Statistical return of the lunatic asylum in Assam - 1912-1932
Year: 1912
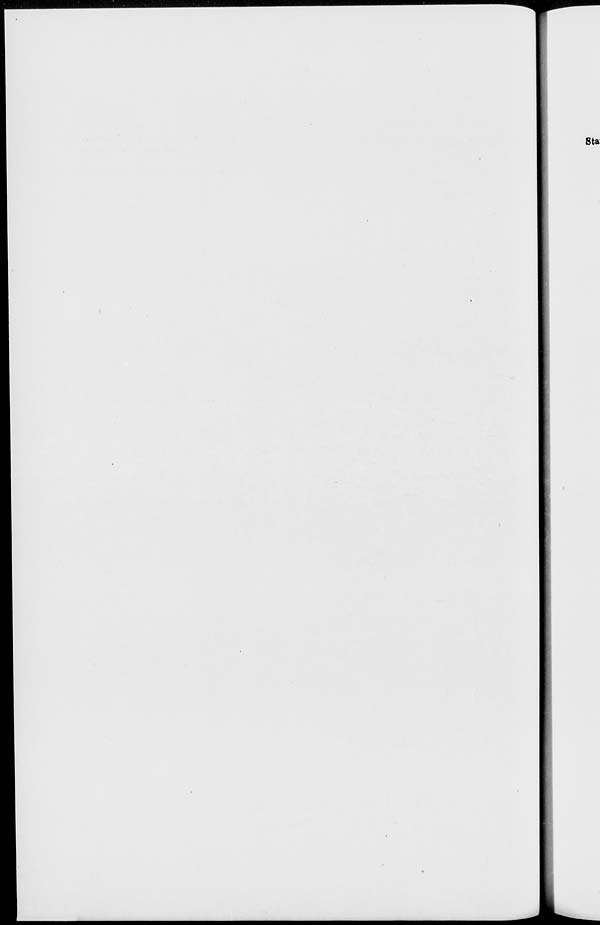
Sta